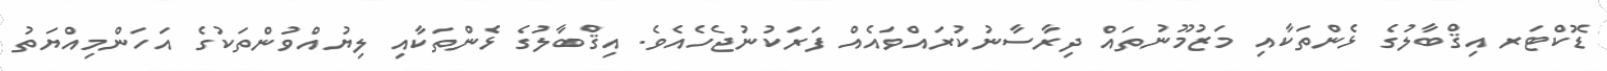
ޑޮކްޓަރ އިޤްބާލުގެ ޅެންތަކާއި މަޒުމޫނުތައް ދިރާސާނުކުރައްވައެއް ފަރަކުނުޖެހެއެވެ. އިޤްބާލުގެ ޅެންތަކާއި ލިޔުއްވުންތަކުގެ އަހަންމިއްޔަތު